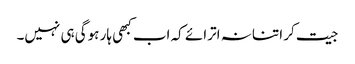
جیت کر اتنا نہ اترائے کہ اب کبھی ہار ہوگی ہی نہیں۔